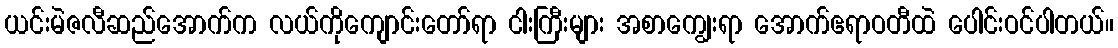
ယင်းမဲဇလီဆည်အောက်က လယ်ကိုကျောင်းတော်ရာ ငါးကြီးများ အစာကျွေးရာ အောက်ဧရာဝတီထဲ ပေါင်းဝင်ပါတယ်။